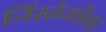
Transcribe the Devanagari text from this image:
निस्तेजीला